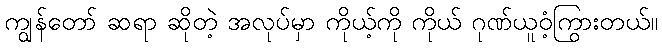
ကျွန်တော် ဆရာ ဆိုတဲ့ အလုပ်မှာ ကိုယ့်ကို ကိုယ် ဂုဏ်ယူဝံ့ကြွားတယ်။